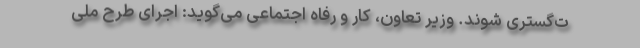
ت‌گستری شوند. وزیر تعاون، کار و رفاه اجتماعی می‌گوید: اجرای طرح ملی